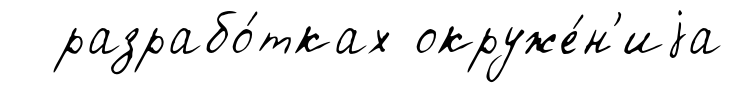
разрабо́тках окруже́н'иjа